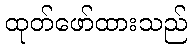
ထုတ်ဖော်ထားသည်